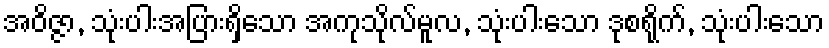
အဝိဇ္ဇာ, သုံးပါးအပြားရှိသော အကုသိုလ်မူလ, သုံးပါးသော ဒုစရိုက်, သုံးပါးသော